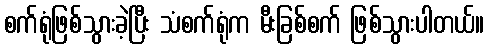
စက်ရုံဖြစ်သွားခဲ့ပြီး သံစက်ရုံက မီးခြစ်စက် ဖြစ်သွားပါတယ်။